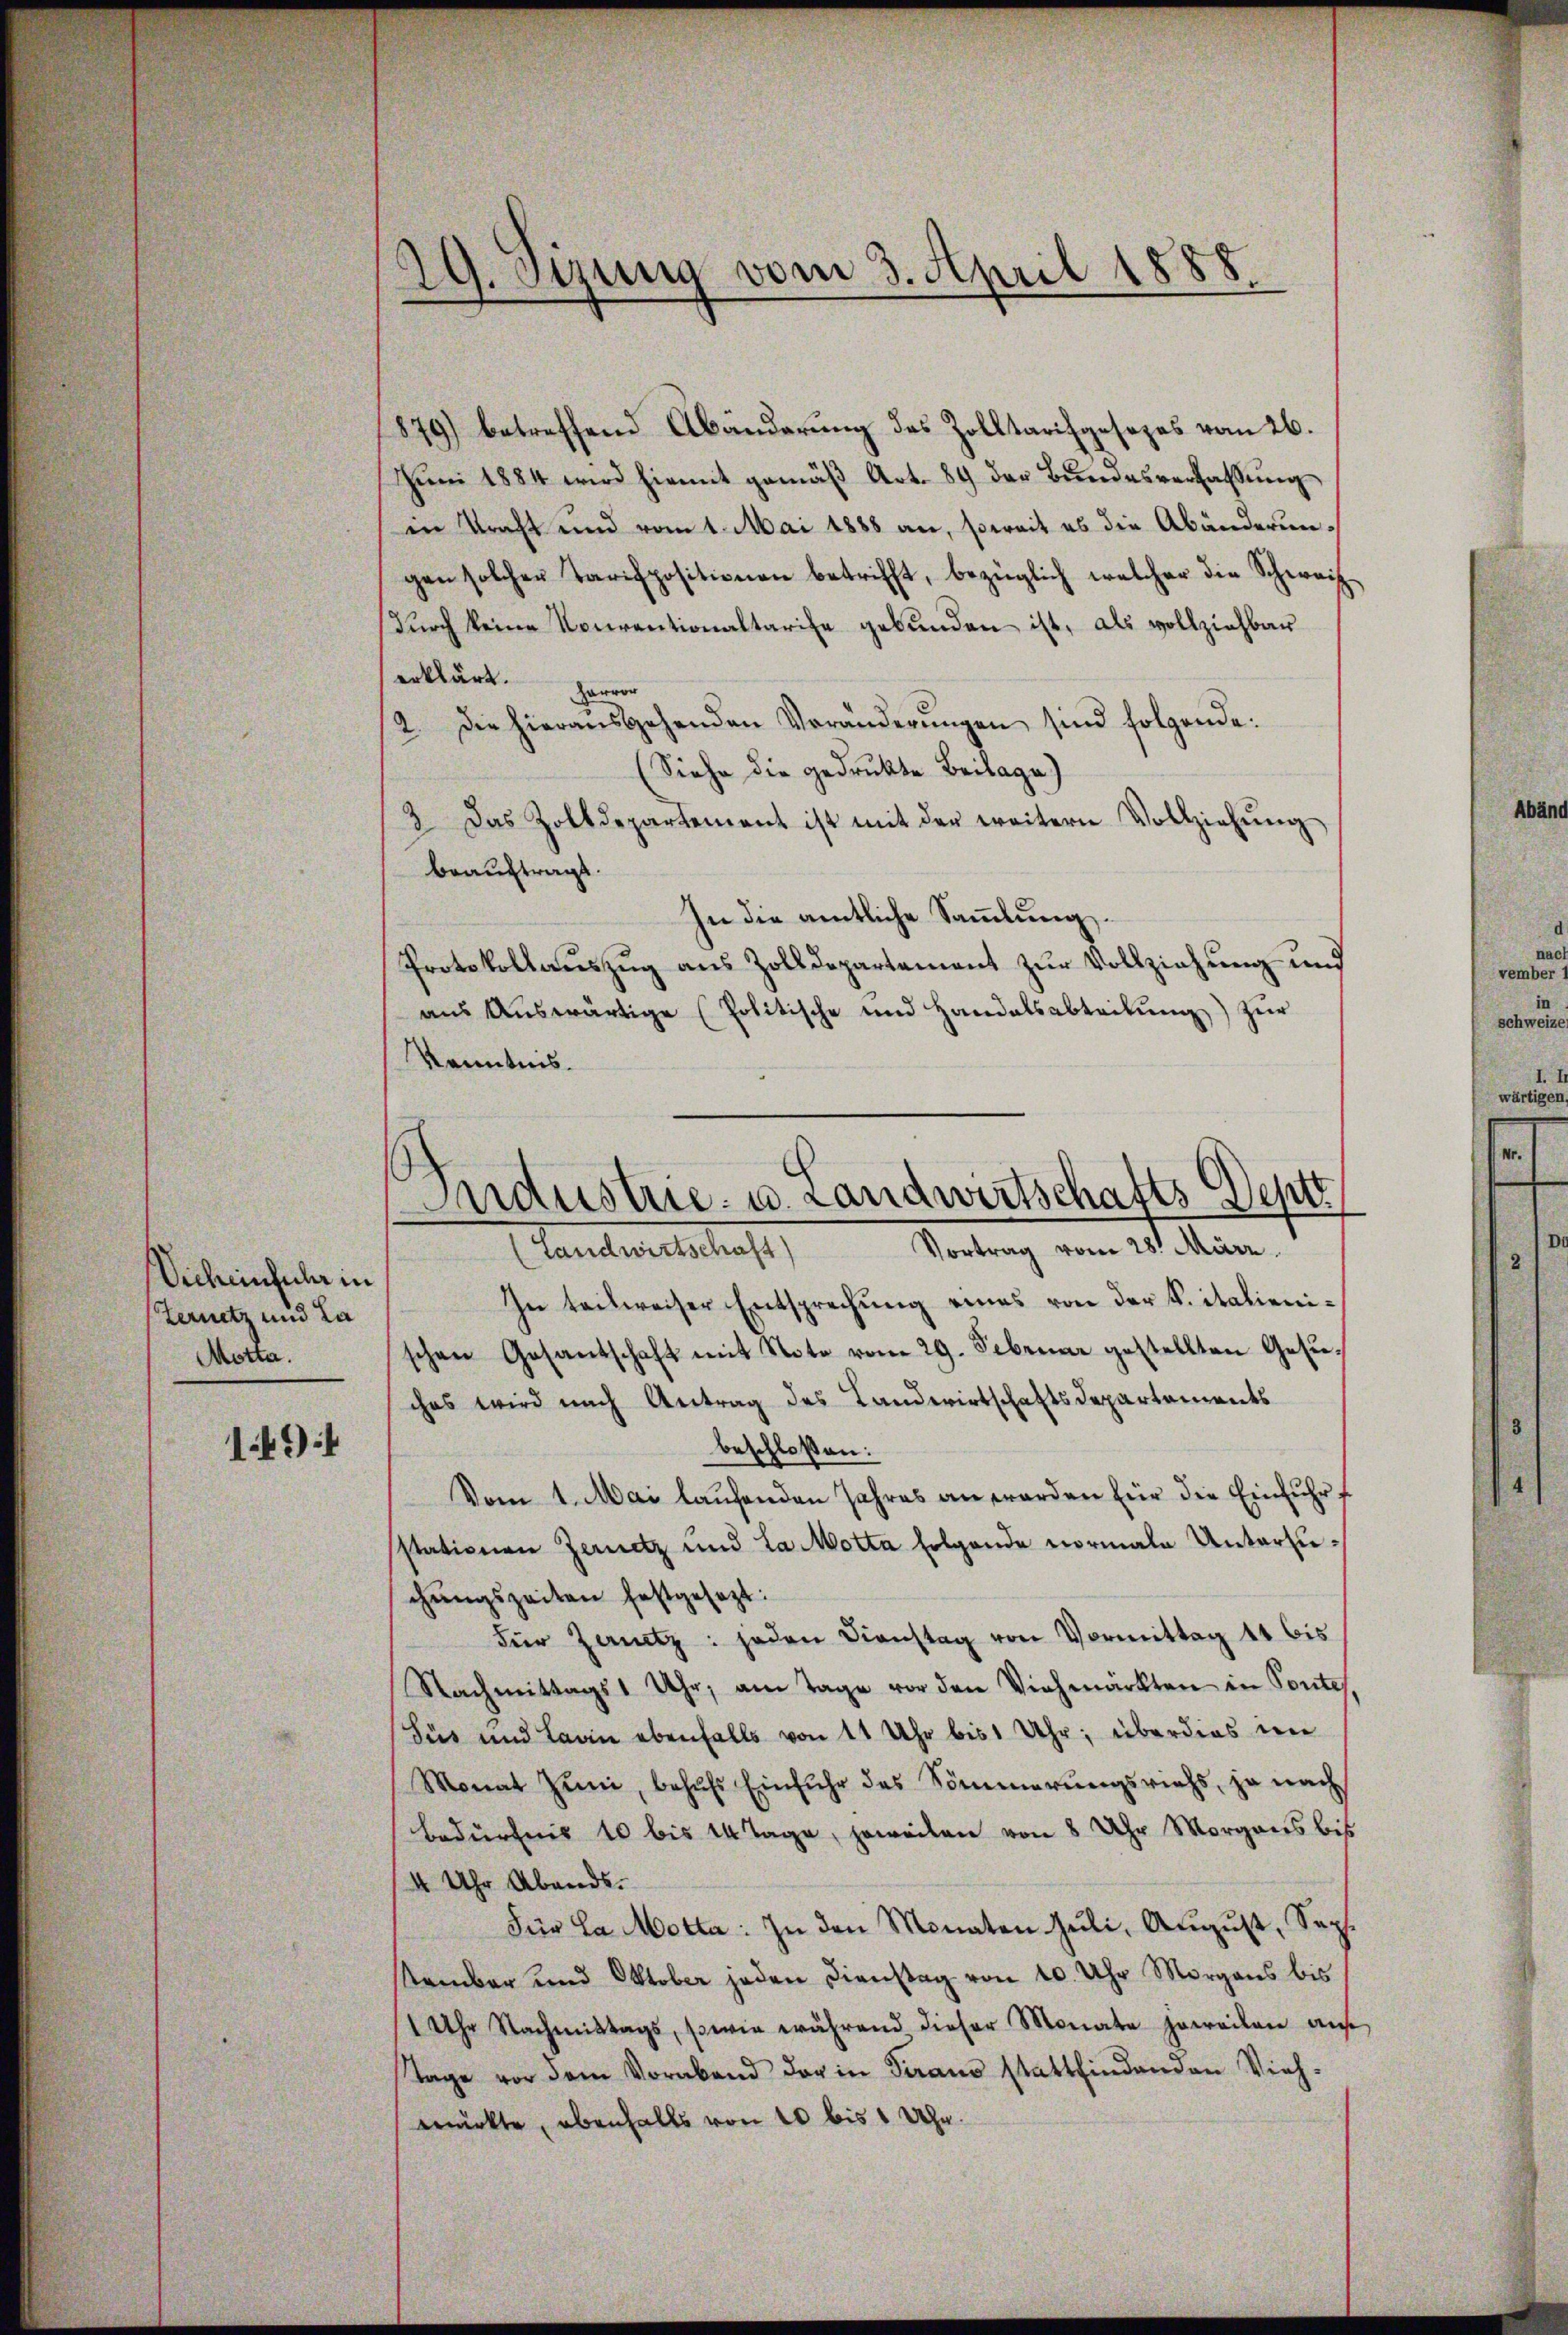
Orcheinfuhr in
Ternetz und La
Motta.

14)

29. Stung vom 3. April 1888.

879) betreffend Abänderung des Zolltarifgesezes vom 26.
Juni 1884 wird hiemit gemäß Art. 89 der Bundesverfassung
in Kraft und vom 1. Mai 1888 an, soweit es die Abänderungen solcher Tarifpositionen betrifft, bezüglich welcher die Schweiz
Durch keine Neurentionaltarise gebunden ist, als vollziehbar
erklärt. Hervor
2. Die hieraŭsgehenden Veränderŭngen sind folgende:
Siehe die gedruckte Beilage)
2. Das Zolldepartement ist mit der weitern Vollziehŭng
beauftragt.
In die amtliche Sammlung.
Protokollauszug aus Zolldepartement zur Vollziehung und
aŭs Aŭswärtige (Politische und Handelsabteilŭng zŭr
Kenntnis.
In teilweiser Entsprechung eines von der K. italienischen Gesantschaft mit Note vom 29. Februar gestellten Gesuches wird nach Antrag des Landwirtschaftsdepartements
beschloßen:
Vom 1. Mai laufenden Jahres an werden für die Einfuhr f
stationen Gernetz und La Motta folgende vormale Unterzuchŭngszeiten festgesezt:
Für Zanz: jeden Dienstag von Vormittag 11 bis
Nachmittags 1 Uhr, am Tage vor den Viehmärkten in Pontes.
Süs und Larin ebenfalls von 11 Uhr bis 1 Uhr; überdies wie
Monat Juni, behŭfs Einfuhr des Sommerungsrichs, ja nach
Bedürfnis 10 bis 14 Tage, jeweilen von 8 Uhr Morgens bis
4 Uhr Abends.
Für la Motta: In den Monaten Juli, August, Sept.
stember und Oktober jeden Dienstag von 10. Uhr Morgens bis
1 Uhr Nachmittags, sowie während dieser Monate jeweilen auf
Tage vor dem Vorabend der in Terano stattfindenden Vieh-
wirkte, ebenfalls von 10 bis 1 Uhr.

Industrie- u. Landwirtschafts Depte
Vortrag vom 28. März
Handereitschaf